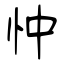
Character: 忡